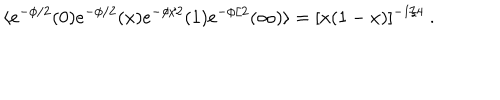
LaTeX: \langle e ^ { - \phi / 2 } ( 0 ) e ^ { - \phi / 2 } ( x ) e ^ { - \phi / 2 } ( 1 ) e ^ { - \phi / 2 } ( \infty ) \rangle = [ x ( 1 - x ) ] ^ { - 1 / 4 } \ .